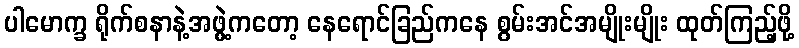
ပါမောက္ခ ရိုက်စနာနဲ့အဖွဲ့ကတော့ နေရောင်ခြည်ကနေ စွမ်းအင်အမျိုးမျိုး ထုတ်ကြည့်ဖို့